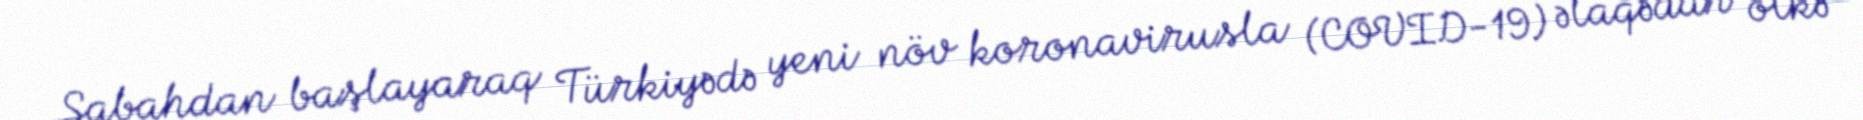
Sabahdan başlayaraq Türkiyədə yeni növ koronavirusla (COVID-19) əlaqədar ölkə